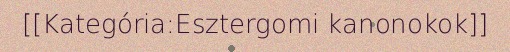
[[Kategória:Esztergomi kanonokok]]